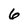
Character: 6